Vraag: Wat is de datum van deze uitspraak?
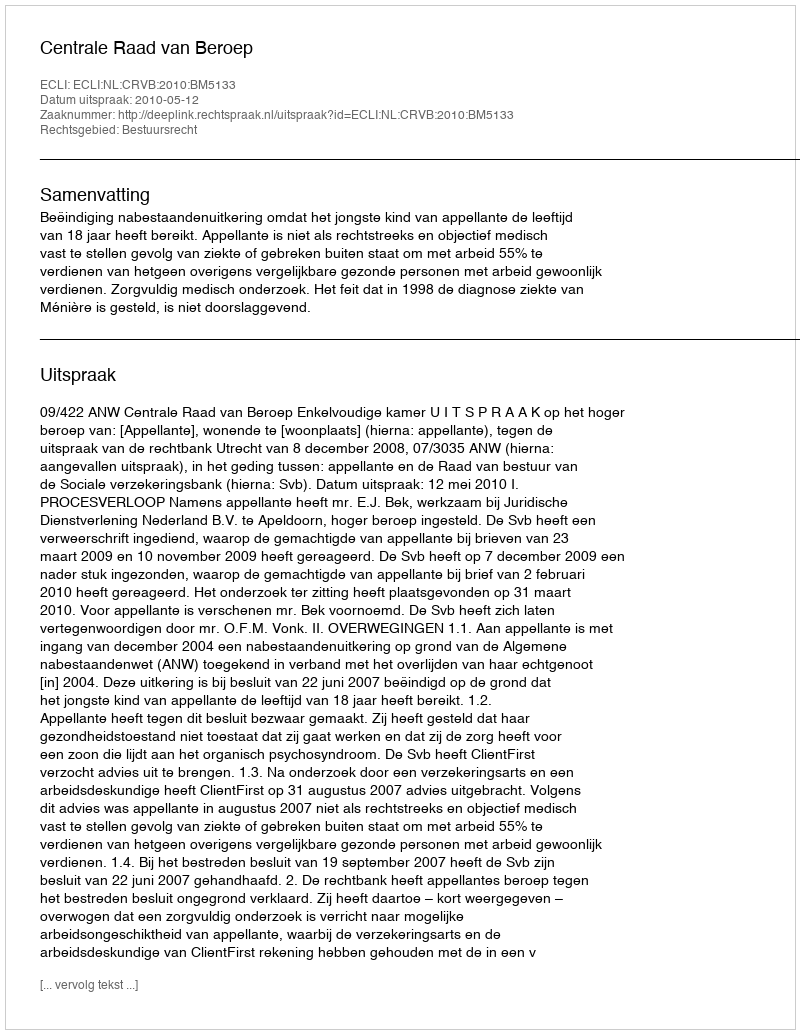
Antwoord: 2010-05-12